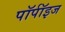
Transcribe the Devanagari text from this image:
पॉर्पॉइज